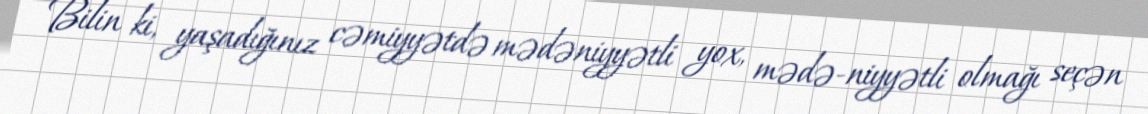
Bilin ki, yaşadığınız cəmiyyətdə mədəniyyətli yox, mədə-niyyətli olmağı seçən